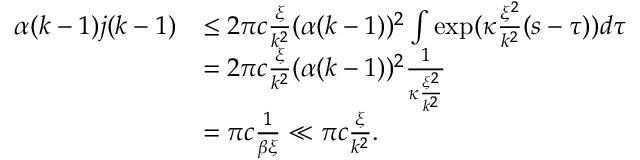
\begin{array} { r l } { \alpha ( k - 1 ) j ( k - 1 ) } & { \le 2 \pi c \frac \xi { k ^ { 2 } } ( \alpha ( k - 1 ) ) ^ { 2 } \int \exp ( \kappa \frac { \xi ^ { 2 } } { k ^ { 2 } } ( s - \tau ) ) d \tau } \\ & { = 2 \pi c \frac \xi { k ^ { 2 } } ( \alpha ( k - 1 ) ) ^ { 2 } \frac 1 { \kappa \frac { \xi ^ { 2 } } { k ^ { 2 } } } } \\ & { = \pi c \frac 1 { \beta \xi } \ll \pi c \frac { \xi } { k ^ { 2 } } . } \end{array}